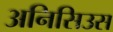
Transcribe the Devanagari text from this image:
अनिसिउस